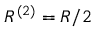
R ^ { ( 2 ) } = R / 2